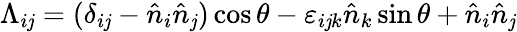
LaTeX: \Lambda_{i\mathit{j}}=(\delta_{i\mathit{j}}-{\hat{{n}}}_{i}{\hat{{n}}}_{\mathit{j}})\cos\theta-\varepsilon_{i\mathit{j}k}{\hat{{n}}}_{k}\sin\theta+{\hat{{n}}}_{i}{\hat{{n}}}_{\mathit{j}}